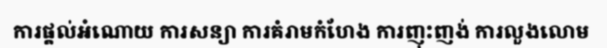
ការផ្តល់អំណោយ ការសន្យា ការគំរាមកំហែង ការញុះញង់ ការលួងលោម